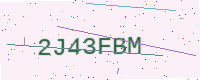
Text: 2J43FBM